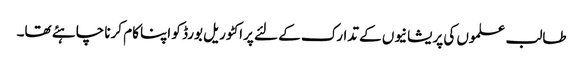
طالب علموں کی پریشانیوں کے تدارک کے لئے پراکٹوریل بورڈ کو اپنا کام کرنا چاہئے تھا۔